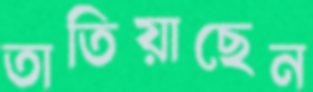
তাতিয়াছেন